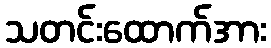
သတင်းထောက်အား